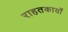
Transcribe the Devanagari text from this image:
राहतकार्यों